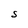
Character: S